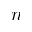
\boldsymbol { n }